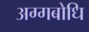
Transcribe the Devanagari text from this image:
अग्गबोधि